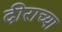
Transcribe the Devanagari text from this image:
दीराच्या